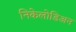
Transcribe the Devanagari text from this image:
निकेलोडिअन